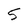
Character: S